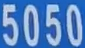
5050